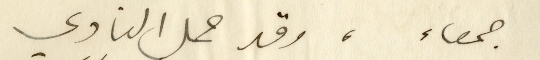
جمعاء، وقد حمل النادي